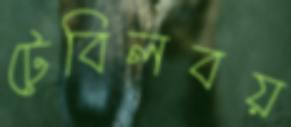
টেবিলবয়